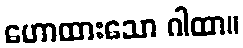
ဟောထားသော ဂါထာ။